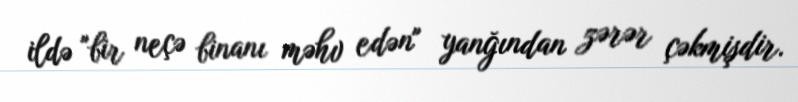
ildə "bir neçə binanı məhv edən" yanğından zərər çəkmişdir.